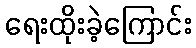
ရေးထိုးခဲ့ကြောင်း